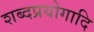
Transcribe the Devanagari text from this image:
शब्दप्रयोगादि